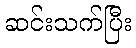
ဆင်းသက်ပြီး